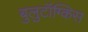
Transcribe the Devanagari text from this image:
बुलुटॉंग्किस